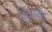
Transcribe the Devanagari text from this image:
त्रिक्‌बिंदु